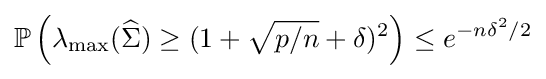
\mathbb {P} \left(\lambda _{\mathrm {max} }({\widehat {\Sigma }})\geq (1+{\sqrt {p/n}}+\delta )^{2}\right)\leq e^{-n\delta ^{2}/2}